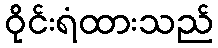
ဝိုင်းရံထားသည်